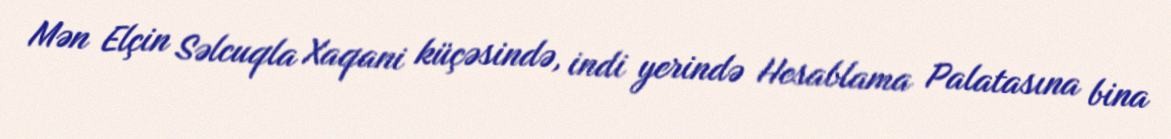
Mən Elçin Səlcuqla Xaqani küçəsində, indi yerində Hesablama Palatasına bina